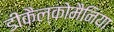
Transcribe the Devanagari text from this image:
डीकैल्कोमैनिया